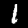
Label: 1